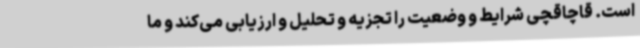
است. قاچاقچی شرایط و وضعیت را تجزیه و تحلیل و ارزیابی می‌کند و ما